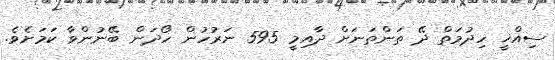
ސިއްޚީ ހިދުމަތް ދޭ ތަންތަނަށް ދާއިމީ 595 ނަރުހުން ހޯދަން ބޭނުންވާ ކަމަށެވެ.